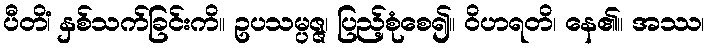
ပီတိံ၊ နှစ်သက်ခြင်းကိ။ ဥပသမ္ပဇ္ဇ၊ ပြည့်စုံစေ၍။ ဝိဟရတိ၊ နေ၏။ အဿ၊